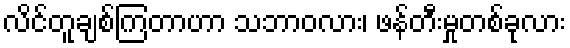
လိင်တူချစ်ကြတာဟာ သဘာဝလား၊ ဖန်တီးမှုတစ်ခုလား